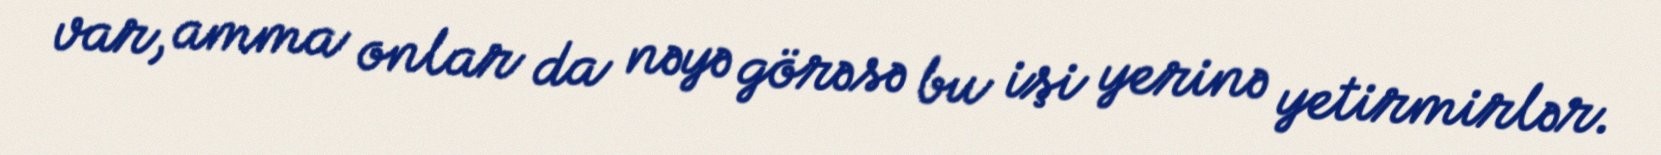
var, amma onlar da nəyə görəsə bu işi yerinə yetirmirlər.